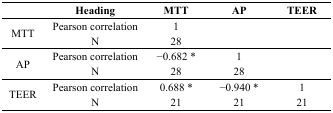
|  | Heading | MTT | AP | TEER |
 | --- | --- | --- | --- | --- |
 | <ROWSPAN=2> MTT | Pearson correlation | 1 |  |  |
 | N | 28 |  |  |
 | <ROWSPAN=2> AP | Pearson correlation | −0.682 * | 1 |  |
 | N | 28 | 28 |  |
 | <ROWSPAN=2> TEER | Pearson correlation | 0.688 * | −0.940 * | 1 |
 | N | 21 | 21 | 21 |